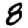
Digit: 8